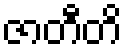
ဇာတီတိ